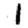
Digit: 1